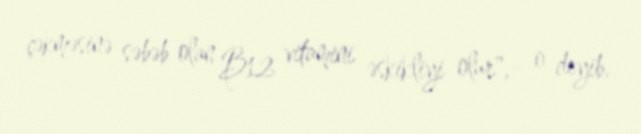
çəkməsinə səbəb olan B12 vitamini əskikliyi olur",- o deyib.